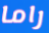
راما